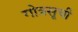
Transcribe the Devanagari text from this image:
गोत्रसूची